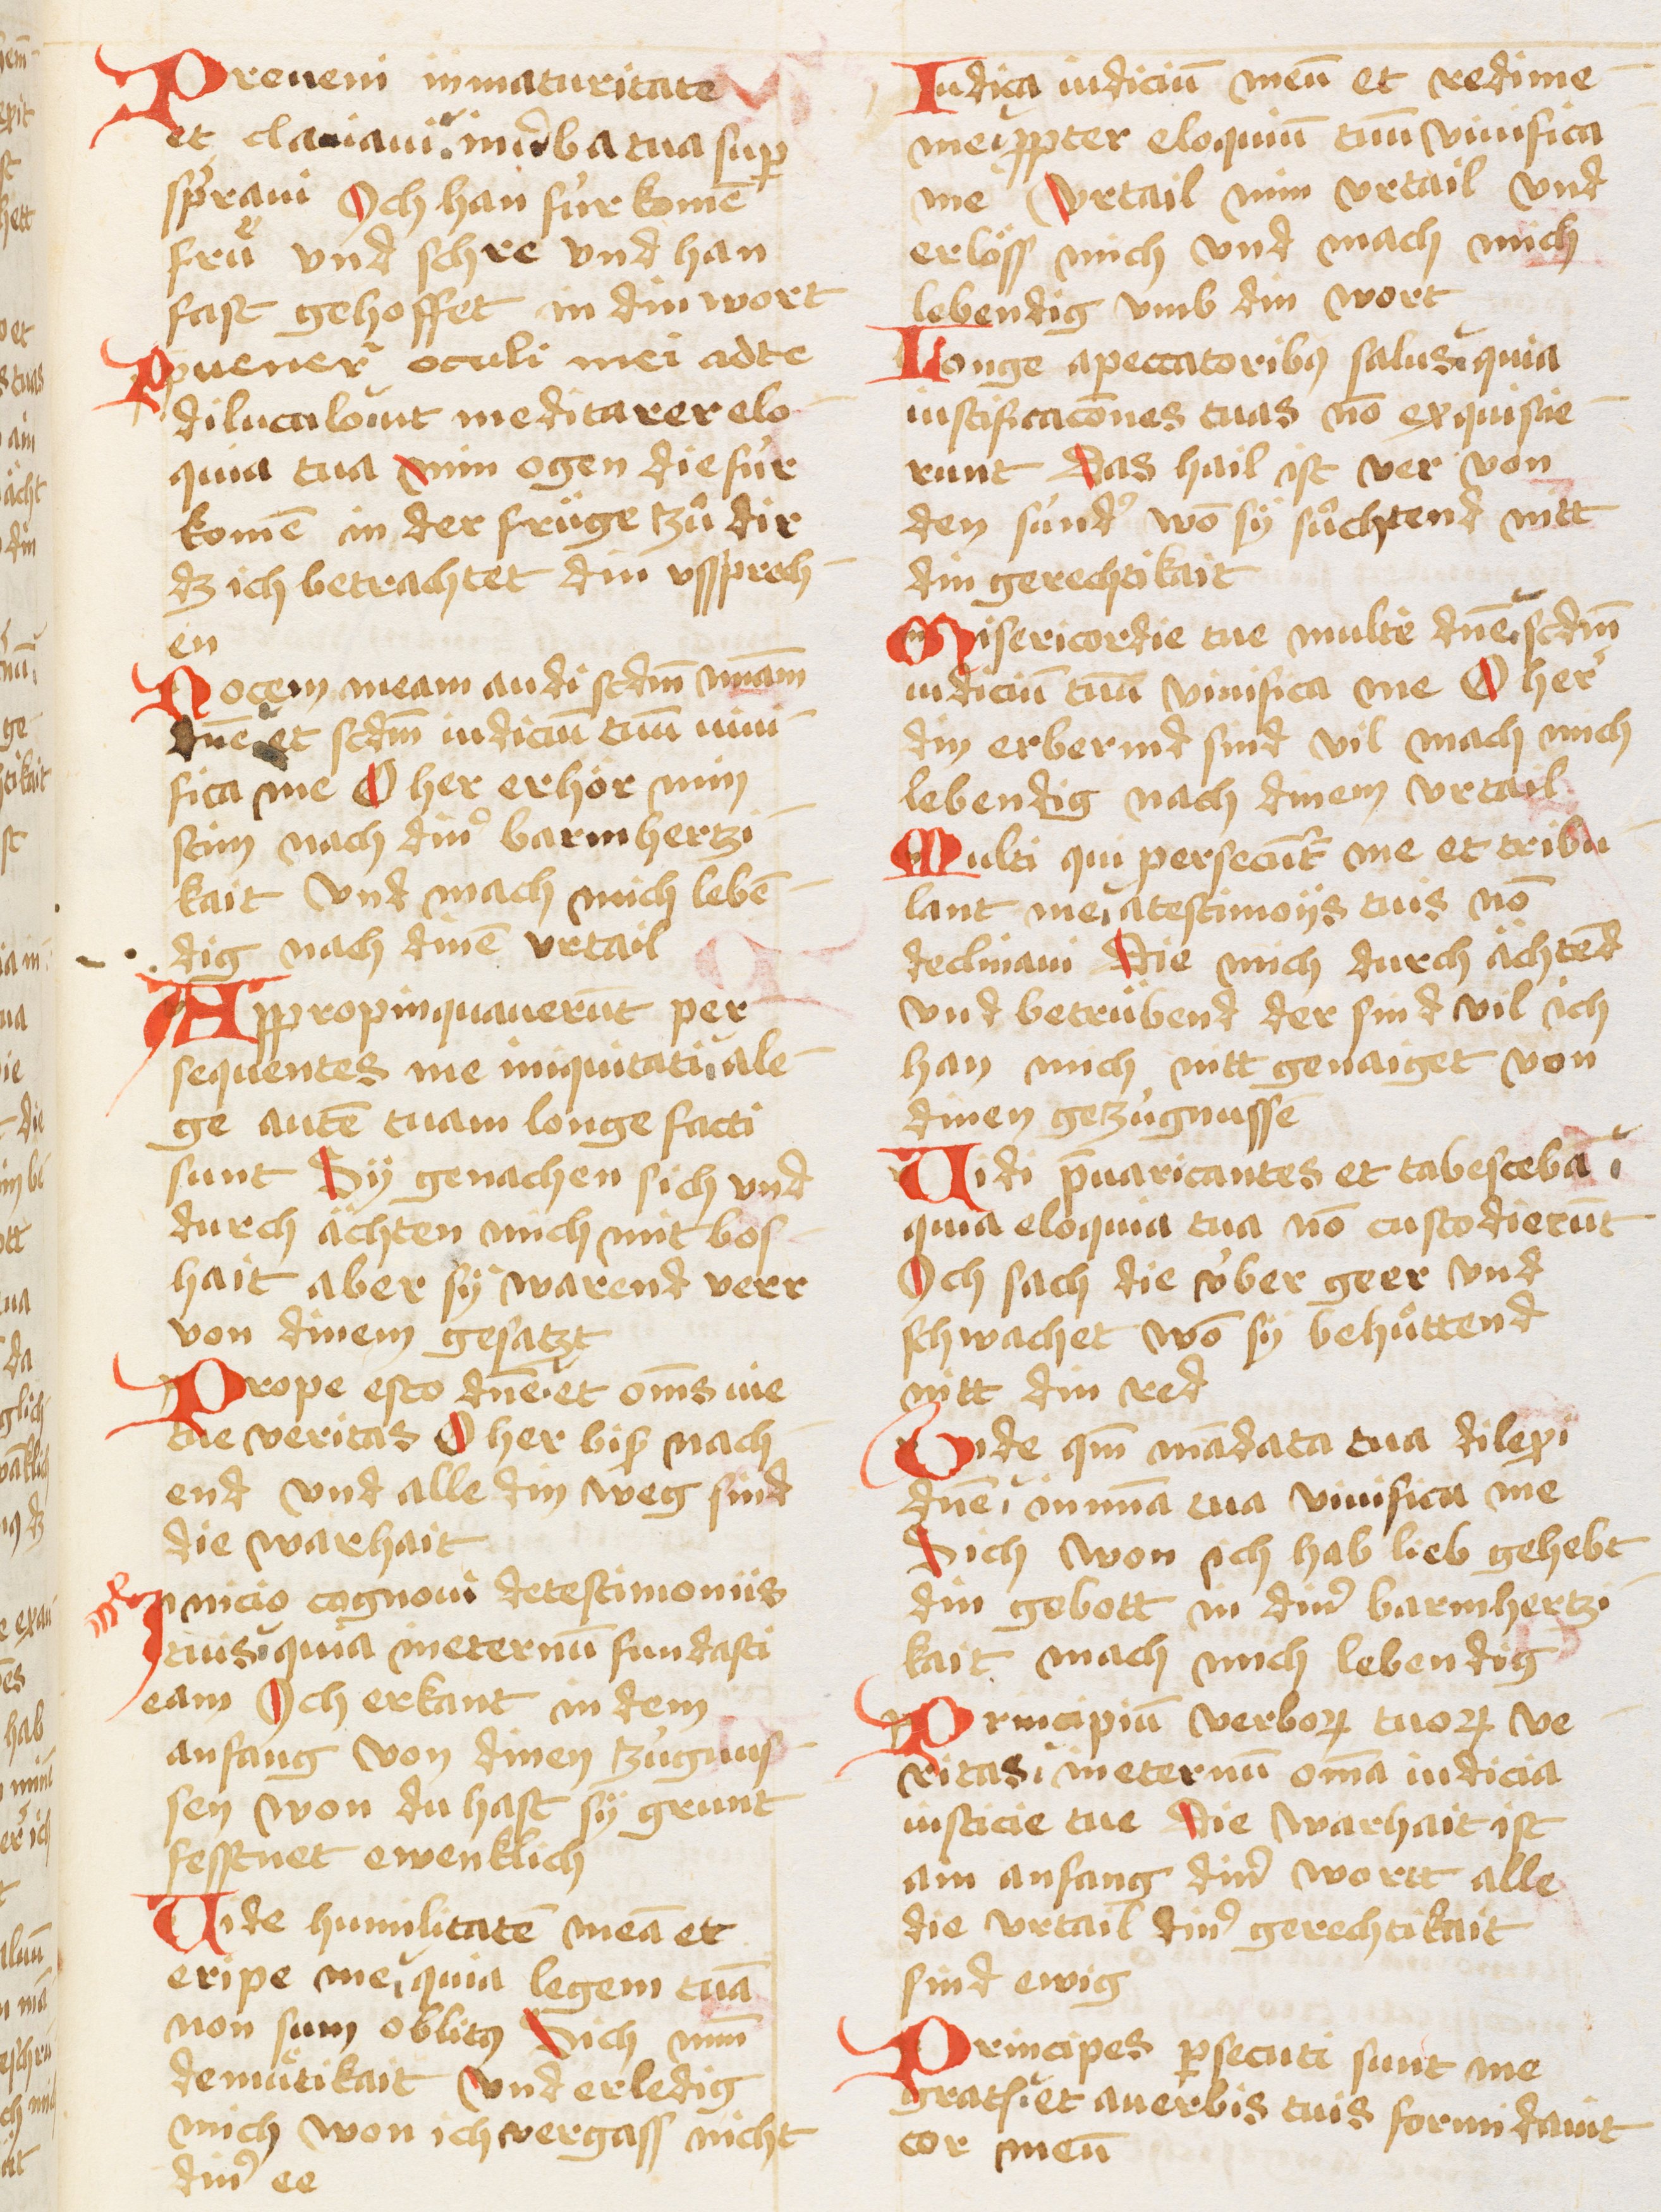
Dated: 1450–1499